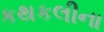
કથકલીના